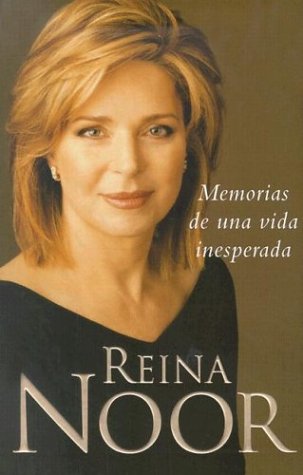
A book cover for Reina Noor: Memorias (Spanish Edition); Reina Noor; History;